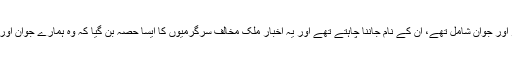
یہ ٹی ایس ڈی میں کون کون افسر اور جوان شامل تھے، ان کے نام جاننا چاہتے تھے اور یہ اخبار ملک مخالف سرگرمیوں کا ایسا حصہ بن گیا کہ وہ ہمارے جوان اور افسروں کی جان کا دشمن بن گیا۔